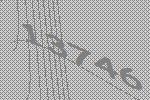
13746